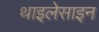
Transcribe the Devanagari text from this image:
थाइलेसाइन